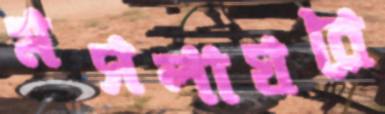
মসলাঘরে